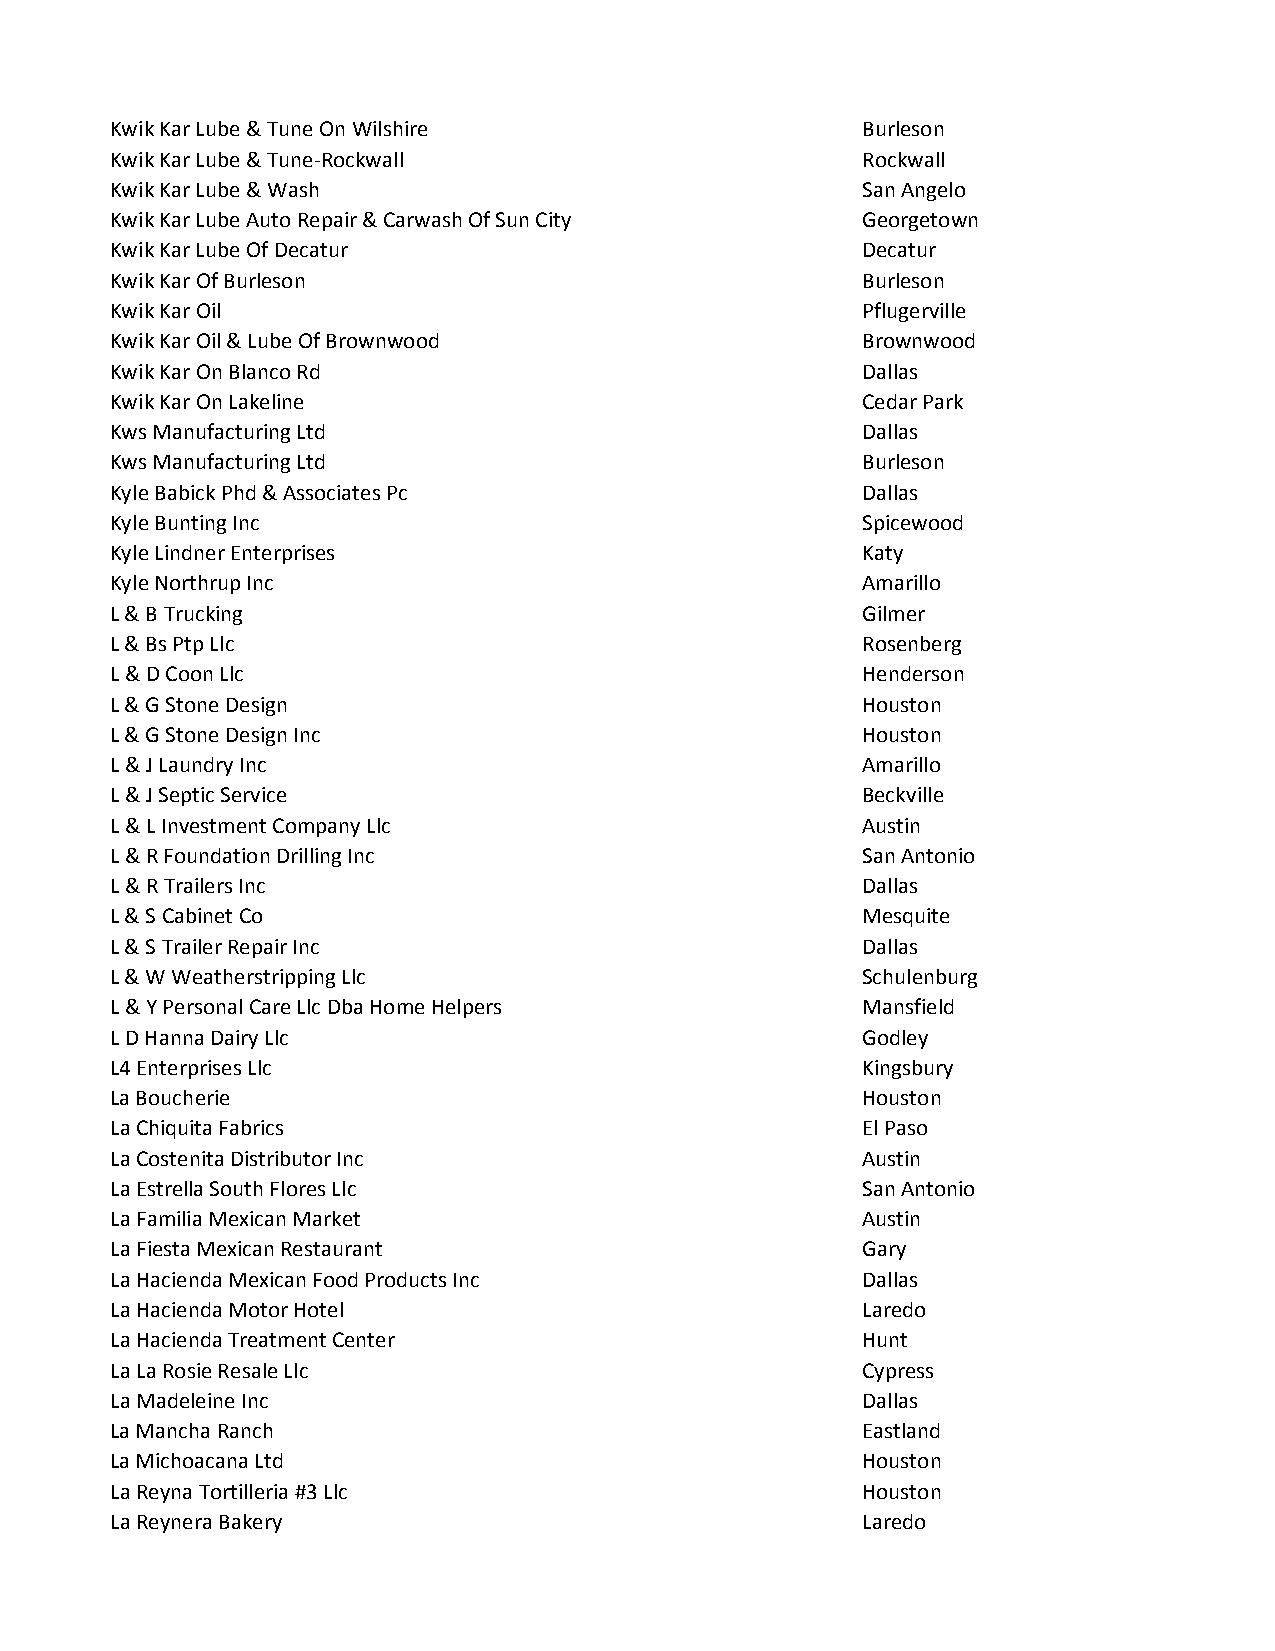
Kwik Kar Lube & Tune On Wilshire                  Burleson
 Kwik Kar Lube & Tune-Rockwall                     Rockwall
 Kwik Kar Lube & Wash                              San Angelo
 Kwik Kar Lube Auto Repair & Carwash Of Sun City   Georgetown
 Kwik Kar Lube Of Decatur                          Decatur
 Kwik Kar Of Burleson                              Burleson
 Kwik Kar Oil                                      Pflugerville
 Kwik Kar Oil & Lube Of Brownwood                  Brownwood
 Kwik Kar On Blanco Rd                             Dallas
 Kwik Kar On Lakeline                              Cedar Park
 Kws Manufacturing Ltd                             Dallas
 Kws Manufacturing Ltd                             Burleson
 Kyle Babick Phd & Associates Pc                   Dallas
 Kyle Bunting Inc                                  Spicewood
 Kyle Lindner Enterprises                          Katy
 Kyle Northrup Inc                                 Amarillo
 L & B Trucking                                    Gilmer
 L & Bs Ptp Llc                                    Rosenberg
 L & D Coon Llc                                    Henderson
 L & G Stone Design                                Houston
 L & G Stone Design Inc                            Houston
 L & J Laundry Inc                                 Amarillo
 L & J Septic Service                              Beckville
 L & L Investment Company Llc                      Austin
 L & R Foundation Drilling Inc                     San Antonio
 L & R Trailers Inc                                Dallas
 L & S Cabinet Co                                  Mesquite
 L & S Trailer Repair Inc                          Dallas
 L & W Weatherstripping Llc                        Schulenburg
 L & Y Personal Care Llc Dba Home Helpers          Mansfield
 L D Hanna Dairy Llc                               Godley
 L4 Enterprises Llc                                Kingsbury
 La Boucherie                                      Houston
 La Chiquita Fabrics                               El Paso
 La Costenita Distributor Inc                      Austin
 La Estrella South Flores Llc                      San Antonio
 La Familia Mexican Market                         Austin
 La Fiesta Mexican Restaurant                      Gary
 La Hacienda Mexican Food Products Inc             Dallas
 La Hacienda Motor Hotel                           Laredo
 La Hacienda Treatment Center                      Hunt
 La La Rosie Resale Llc                            Cypress
 La Madeleine Inc                                  Dallas
 La Mancha Ranch                                   Eastland
 La Michoacana Ltd                                 Houston
 La Reyna Tortilleria #3 Llc                       Houston
 La Reynera Bakery                                 Laredo